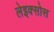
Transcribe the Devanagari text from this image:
लेइक्सोस